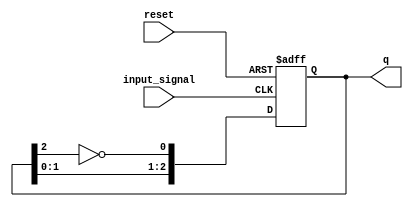
module async_johnson_counter (
    input wire reset,      // Asynchronous reset
    input wire input_signal, // Input signal to trigger state change
    output reg [2:0] q     // 3-bit output representing the counter state
);

    // Asynchronous reset and state transition
    always @(posedge input_signal or posedge reset) begin
        if (reset) begin
            q <= 3'b000; // Initialize to 000 on reset
        end else begin
            // Johnson Counter Logic
            q[0] <= ~q[2]; // FF0 takes inverted value of FF2
            q[1] <= q[0];  // FF1 takes value of FF0
            q[2] <= q[1];  // FF2 takes value of FF1
        end
    end

endmodule